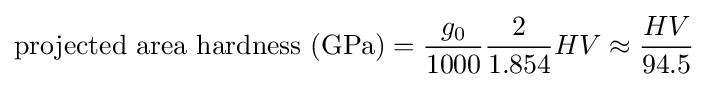
{\text{projected area hardness (GPa)}}={\frac {g_{0}}{1000}}{\frac {2}{1.854}}HV\approx {\frac {HV}{94.5}}